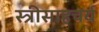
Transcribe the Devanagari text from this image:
स्त्रीसाहचर्य